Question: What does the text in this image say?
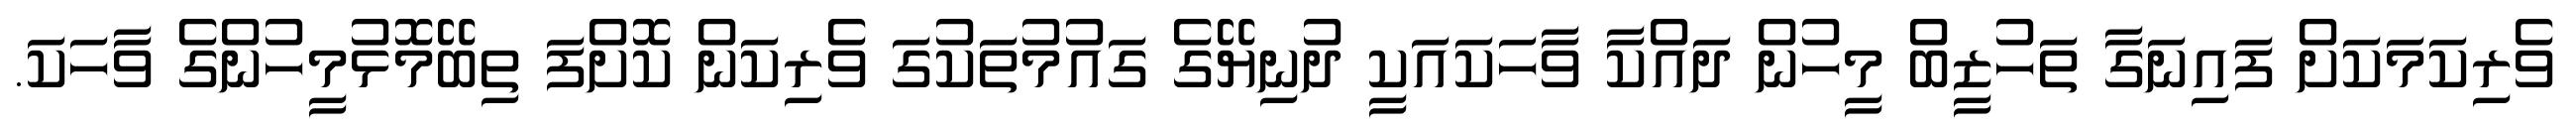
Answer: ވެރިކަމަކަށް ފައިނަގާ ތަހުޒީބް މީހުން ދައްކާ ވާހަކައަކީ ދުނިޔޭގެ ގައުމުތަކުގަ ވެރިކަން ކޮށްފަ ތިބޭމޮޅުމީހުންގެ ވާހަކަ.